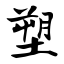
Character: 塑